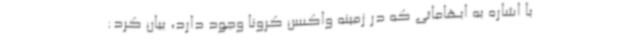
با اشاره به ابهاماتی که در زمینه واکسن کرونا وجود دارد، بیان کرد: